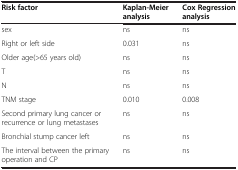
<table><thead><tr><td><b>Risk factor</b></td><td><b>Kaplan-Meier analysis</b></td><td><b>Cox Regression analysis</b></td></tr></thead><tbody><tr><td>sex</td><td>ns</td><td>ns</td></tr><tr><td>Right or left side</td><td>0.031</td><td>ns</td></tr><tr><td>Older age(&gt;65 years old)</td><td>ns</td><td>ns</td></tr><tr><td>T</td><td>ns</td><td>ns</td></tr><tr><td>N</td><td>ns</td><td>ns</td></tr><tr><td>TNM stage</td><td>0.010</td><td>0.008</td></tr><tr><td>Second primary lung cancer or recurrence or lung metastases</td><td>ns</td><td>ns</td></tr><tr><td>Bronchial stump cancer left</td><td>ns</td><td>ns</td></tr><tr><td>The interval between the primary operation and CP</td><td>ns</td><td>ns</td></tr></tbody></table>